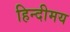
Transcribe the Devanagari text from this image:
हिन्दीमय